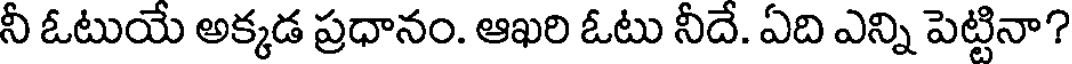
నీ ఓటుయే అక్కడ ప్రధానం. ఆఖరి ఓటు నీదే. ఏది ఎన్ని పెట్టినా?